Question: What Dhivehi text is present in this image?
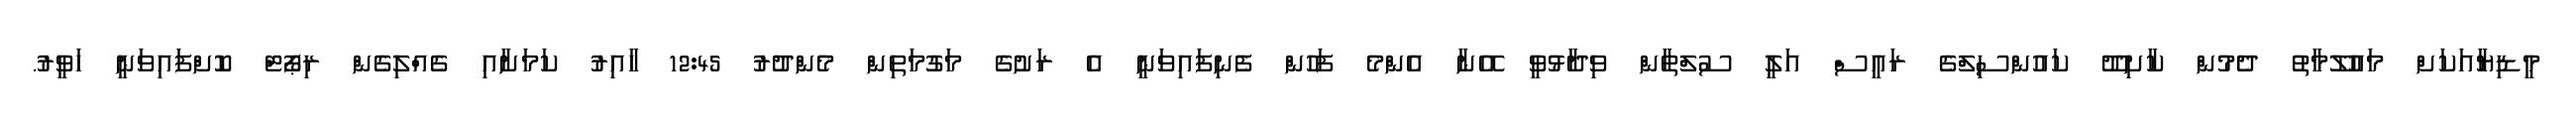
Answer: މީޑިޔާއަކަށް މައުލޫމާތު ދެމުން ކާށިދޫ ކައުންސިލްގެ ރައީސް އަލީ ސުލްތާން ވިދާޅުވީ އޭނާ އެންމެ ފަހުން ފެނިފައިވަނީ އެ ރަށުގެ މަގުމަތިން މެންދުރު 12:45 ހާއިރު ކަމަށާއި ގެއްލިގެން ރިޕޯޓް ކޮށްފައިވަނީ ހަވީރު.